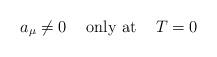
LaTeX: \begin{align*}a_{\mu} \ne 0 \hspace{5mm}\mbox{only at} \hspace{5mm} T=0\end{align*}